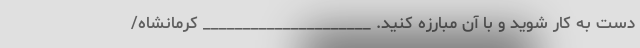
دست به کار شوید و با آن مبارزه کنید. _____________________ کرمانشاه/